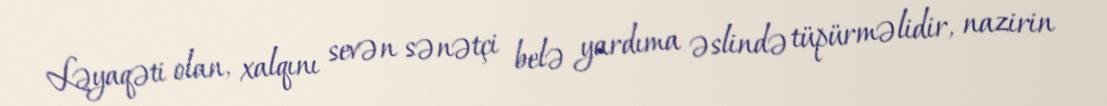
Ləyaqəti olan, xalqını sevən sənətçi belə yardıma əslində tüpürməlidir, nazirin